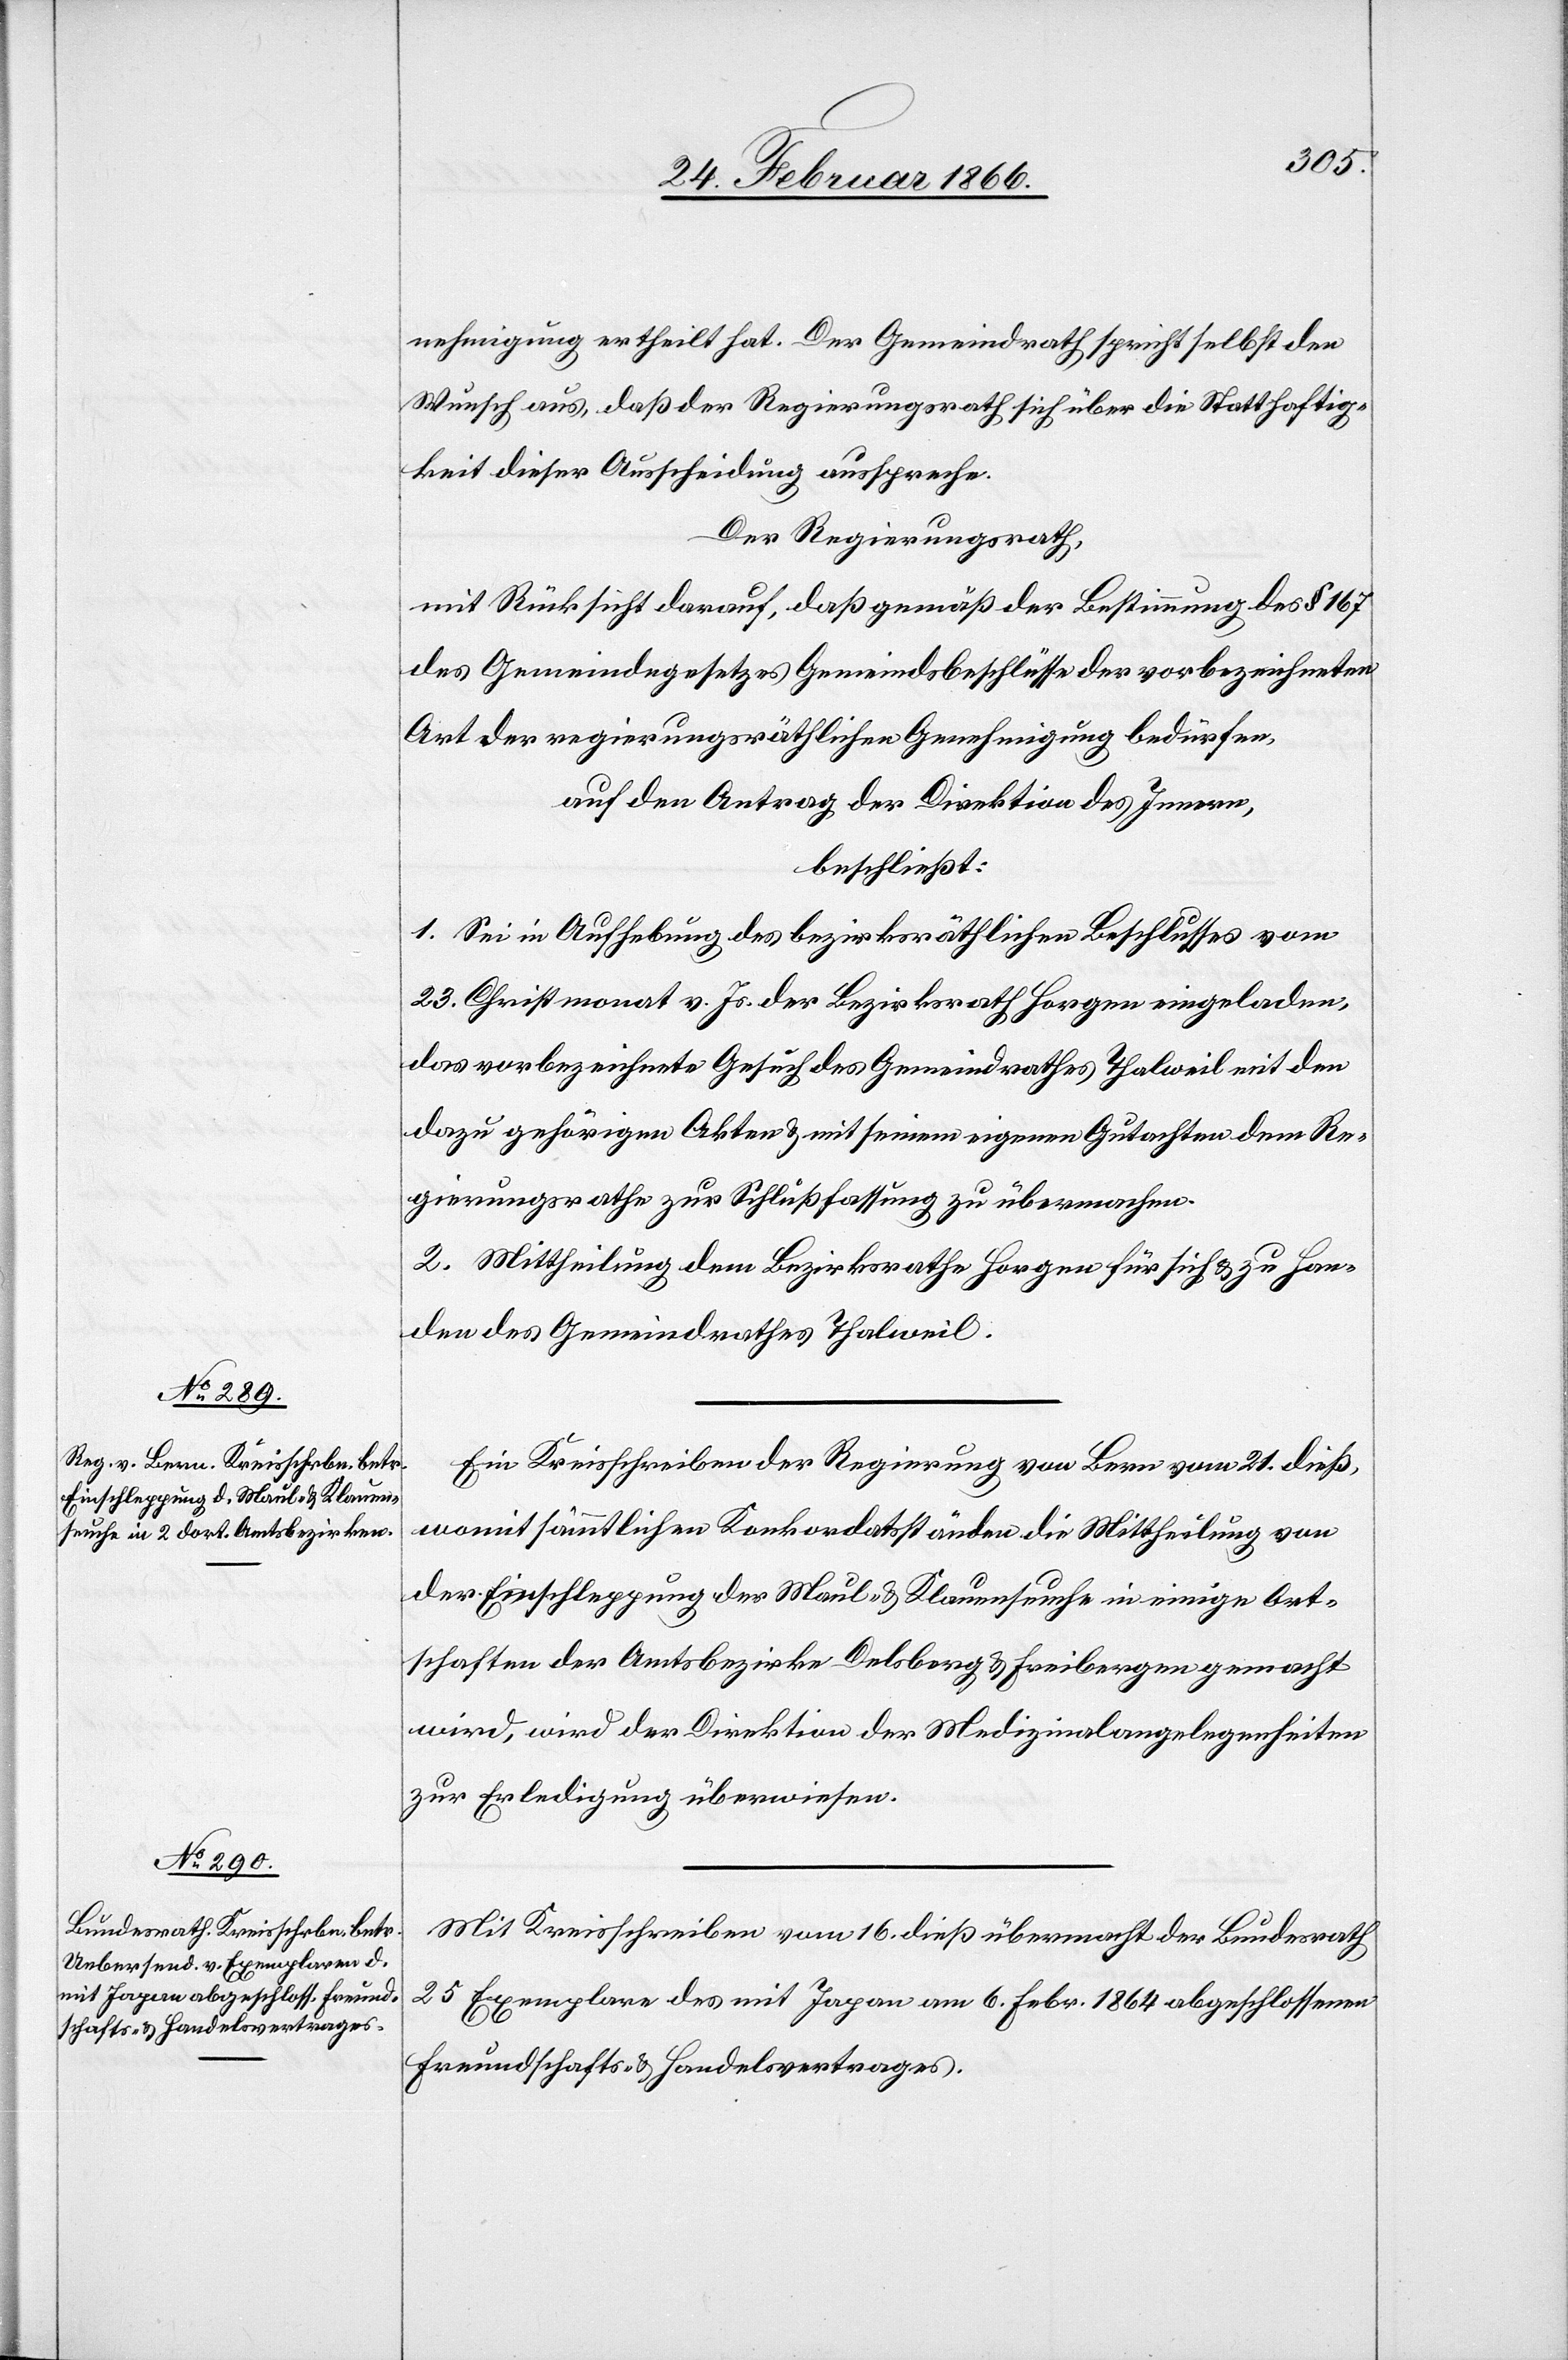
nehmigung ertheilt hat. Der Gemeindrath spricht selbst den
Wunsch aus, daß der Regierungsrath sich über die Statthaftig¬
keit dieser Ausscheidung ausspreche.
Der Regierungsrath,
mit Rücksicht darauf, daß gemäß der Bestimmung des § 167
des Gemeindegesetzes Gemeindsbeschlüsse der vorbezeichneten
Art der regierungsräthlichen Genehmigung bedürfen,
auf Antrag der Direktion des Innern,
beschließt:
1. Sei in Aufhebung des bezirksräthlichen Beschlusses vom
23. Christmonat v. Js. der Bezirksrath Horgen eingeladen,
das vorbezeichnete Gesuch des Gemeindrathes Thalweil mit den
dazu gehörigen Akten u. mit seinem eignen Gutachten dem Re¬
gierungsrathe zur Schlußfassung zu übermachen.
2. Mittheilung dem Bezirksrathe Horgen für sich u. zu Han¬
den des Gemeindrathes Thalweil.
Ein Kreisschreiben der Regierung von Bern vom 21. dieß,
womit sämmtlichen Konkordatsständen die Mittheilung von
der Einschleppung der Maul- & Klauenseuche in einige Ort¬
schaften der Amtsbezirke Delsberg u. Freibergen gemacht
wird, wird der Direktion der Medizinalangelegenheiten
zur Erledigung überwiesen.
Mit Kreisschreiben vom 16. dieß übermacht der Bundesrath
25 Exemplare des mit Japan am 6. Febr. 1864 abgeschlossenen
Freundschafts- u- Handelsvertrages.